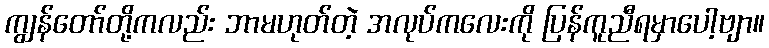
ကျွန်တော်တို့ကလည်း ဘာမဟုတ်တဲ့ အလုပ်ကလေးကို ပြန်ကူညီရမှာပေါ့ဗျာ။